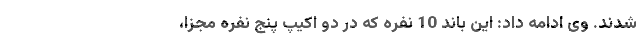
شدند. وی ادامه داد: این باند 10 نفره که در دو اکیپ پنج نفره مجزا،